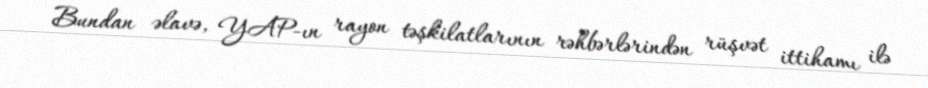
Bundan əlavə, YAP-ın rayon təşkilatlarının rəhbərlərindən rüşvət ittihamı ilə